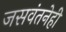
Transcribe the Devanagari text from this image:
जसवंतनेही